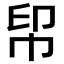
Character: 𢂗